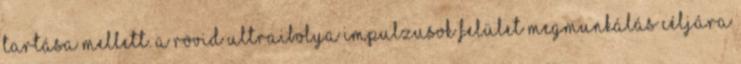
tartása mellett. A rövid ultraibolya impulzusok felület megmunkálás céljára